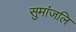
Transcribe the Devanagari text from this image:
सुमांजलि